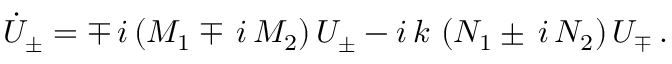
\dot { U } _ { \pm } = \mp \, i \left( M _ { 1 } \mp \, i \, M _ { 2 } \right) U _ { \pm } - i \, k \, \left( N _ { 1 } \pm \, i \, N _ { 2 } \right) U _ { \mp } \, .